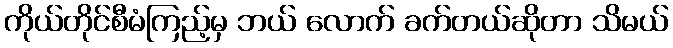
ကိုယ်တိုင်စီမံကြည့်မှ ဘယ် လောက် ခက်တယ်ဆိုတာ သိမယ်